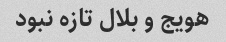
هویج و بلال تازه نبود